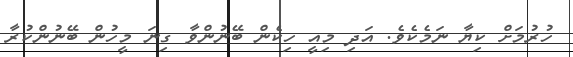
ހުރުމަށް ކިޔާ ނަމެކެވެ. އަދި މިއީ ހިކެން ބޭނުންވާ ގިނަ މީހުން ބޭނުންކުރާ